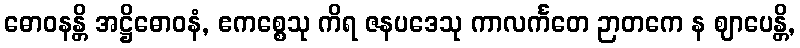
ဓောဝနန္တိ အဋ္ဌိဓောဝနံ, ဧကစ္စေသု ကိရ ဇနပဒေသု ကာလင်္ကတေ ဉာတကေ န ဈာပေန္တိ,